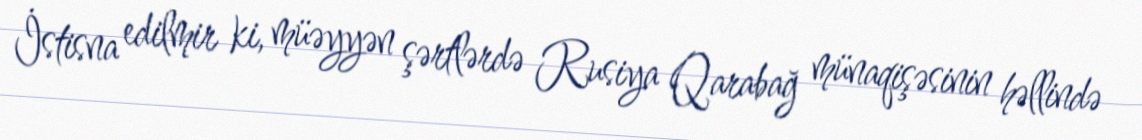
İstisna edilmir ki, müəyyən şərtlərdə Rusiya Qarabağ münaqişəsinin həllində